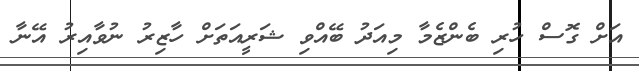
އަށް ގޮސް ހުރި ބެންޒެމާ މިއަދު ބޭއްވި ޝަރީއަތަށް ހާޒިރު ނުވާއިރު އޭނާ